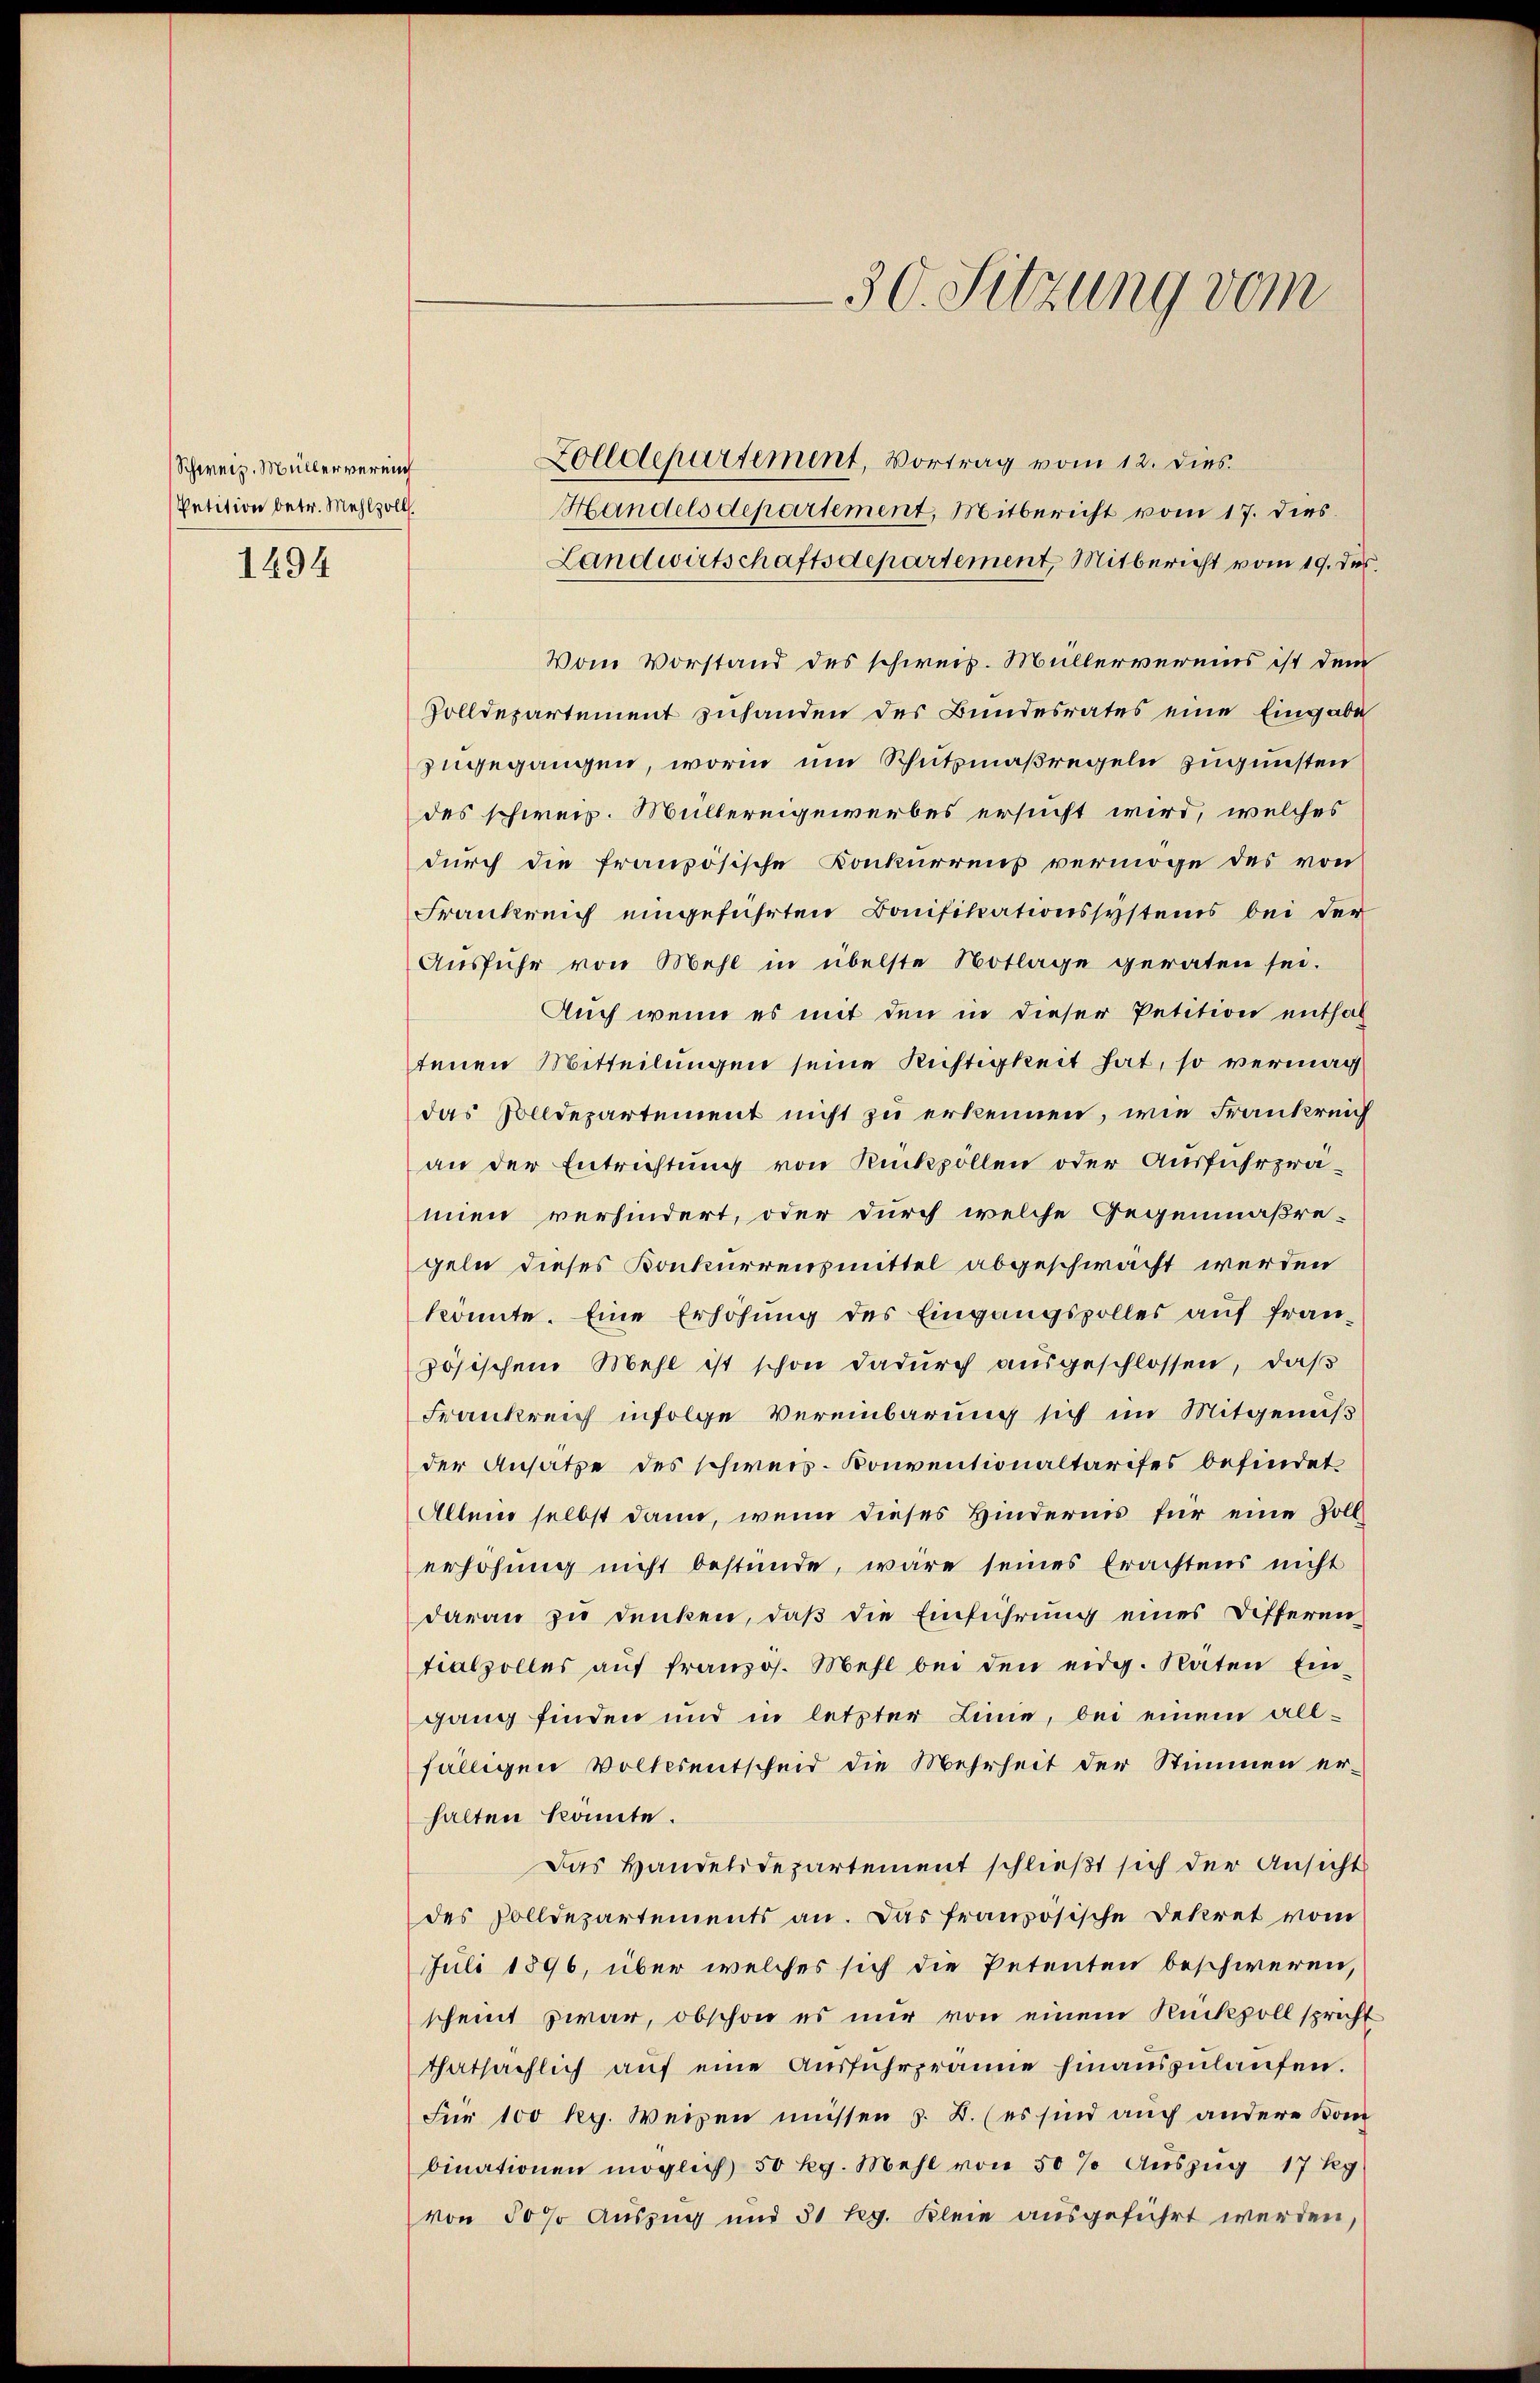
Schweiz. Müller vereich
Petition betr. Mehl soll.

1494

Zolldepartement, Vortrag vom 12. dies
Handelsdepartement, Mitbericht vom 17. dies
Landwirtschaftsdepartement, Mitbericht vom 19. des
Vom Vorstand des schweiz. Müllervereins ist dem
Solldepartement zuhanden des Bundesrates eine Eingabe
zugegangen, worin um Schutzmaßregeln zugunsten
des schweiz. Müllereigewerbes ersucht wird, welches
durch die französische Konkurrens vermöge des von
Frankreich eingeführten Bonifikationssystems bei der
Ausführ von Mehl in übelste Notlage geraten sei.
Auch wenn es mit den in dieser Petition enthal
tenen Mitteilungen seine Richtigkeit hat, so vermach
das Solldepartement nicht zu erkennen, wie Frankreich
an der Entrichtung von Rückpollen oder Ausführprä-
mien verhindert, oder durch welche Gegenmäßre-
geln dieses Konkurrensmittel abgeschwacht werden
könnte. Eine Erhöhung des Eingangspolles auf fran-
zösischen Mehl ist schon dadurch ausgeschlossen, daß
Frankreich infolge Vereinbarung sich im Mitgenuß
der Ansatze des schweis- Konventionaltarises befindet
Allein selbst dann, wenn dieses Hindernis für eine Zollerhöhung nicht bestünde, wäre seines Erachtens nicht
daran zu denken, daß die Einführung eines Differen
tialzolles aŭf französ. Mehl bei den eidg. Raten Ein-
gang finden und in letzter Linie, bei einem allfälligen Volkesentscheid die Mehrheit der Stimmen erhalten konnte.
Das Handelidepartement schließt sich der Ansicht
des Solldepartements an. Das französische Dekret vom
Juli 1896, über welches sich die Petenten beschweren,
scheint zwar, obschon es nur von einem Rückpoll spricht
thatsächlich aŭf eine Aŭsführprane hinauszulaufen.
Für 100 Rg. Weisen müssen z. B. (es sind auch andere Kom
binationen möglich 50 kg Mehl von 50 % Auszug 17 Kg
von 50 % Auszug und 31 leg. Klein ausgeführt werden,

30. Sitzung vom